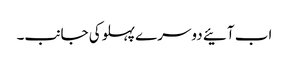
اب آئیے دوسرے پہلوکی جانب۔